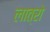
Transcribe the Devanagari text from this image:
लात्रो